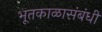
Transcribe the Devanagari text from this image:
भूतकाळासंबंधी